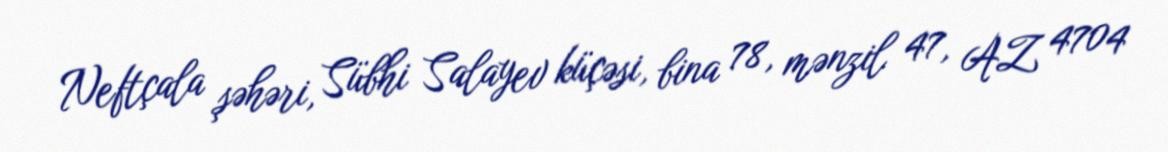
Neftçala şəhəri, Sübhi Salayev küçəsi, bina 78, mənzil 47, AZ 4704